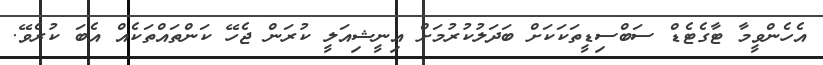
އެހެންވީމާ ޓާގެޓެޑް ސަބްސިޑީތަކަކަށް ބަދަލުކުރުމަށް އިނީޝިއަލީ ކުރަން ޖެހޭ ކަންތައްތަކެއް އެބަ ކުރެވޭ.